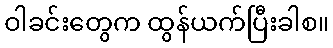
ဝါခင်းတွေက ထွန်ယက်ပြီးခါစ။